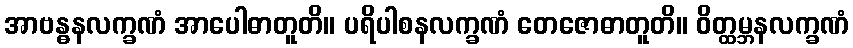
အာဗန္ဓနလက္ခဏံ အာပေါဓာတူတိ။ ပရိပါစနလက္ခဏံ တေဇောဓာတူတိ။ ဝိတ္ထမ္ဘနလက္ခဏံ